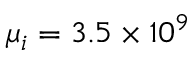
\mu _ { i } = 3 . 5 \times 1 0 ^ { 9 }